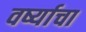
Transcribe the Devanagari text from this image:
वर्ष्याचा